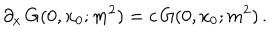
LaTeX: \partial _ { x } \, G ( 0 , x _ { 0 } ; m ^ { 2 } ) = c \, G ( 0 , x _ { 0 } ; m ^ { 2 } ) \, .